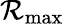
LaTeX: \mathcal{R}_{\mathrm{{max}}}